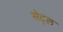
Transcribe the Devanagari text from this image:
सेट्ल